Notes on vaccination in the North-West Frontier Province 1923-1928 - 1923-1928
Year: 1923
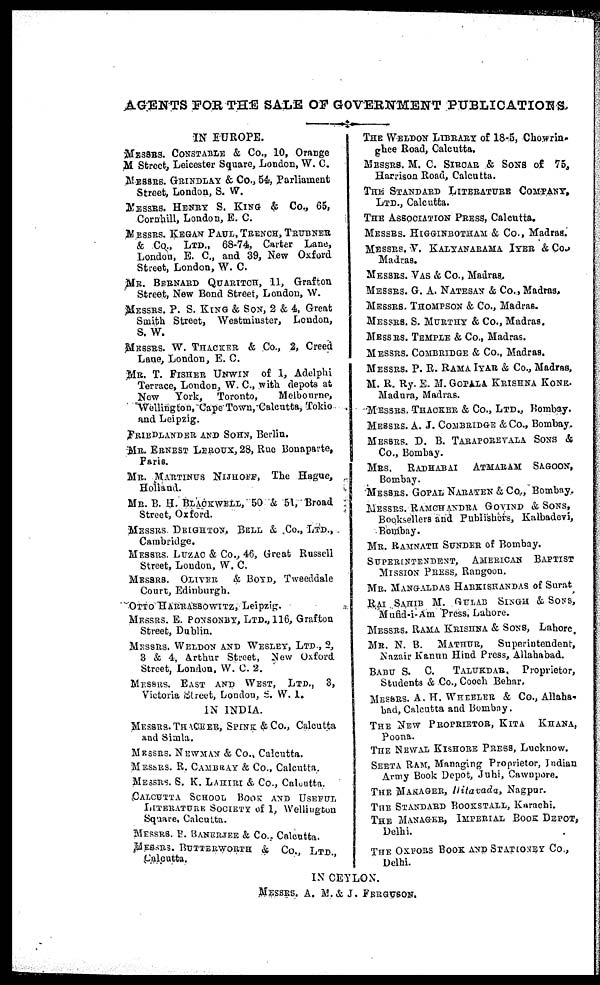
AGENTS FOR THE SALE OF GOVERNMENT PUBLICATIONS.
IN EUROPE.
MESSRS. CONSTABLE & Co., 10, Orange
M Street, Leicester Square, London, W. C.
MESSRS. GRINDLAY & Co., 54, Parliament
Street, London, S. W.
MESSRS. HENRY S. KING & Co., 65,
Cornhill, London, E. C.
MESSRS. KEGAN PAUL, TRENCH, TRUBNER
& Co., LTD., 68-74, Carter Lane,
London, E. C., and 39, New Oxford
Street, London, W. C.
MR. BERNARD QUARITCH, 11, Grafton
Street, New Bond Street, London, W.
MESSRS. P. S. KING & SON, 2 & 4, Great
Smith Street, Westminster, London,
S. W.
MESSRS. W. THACKER & Co., 2, Creed
Lane, London, E. C.
MR. T. FISHER UNWIN of 1, Adelphi
Terrace, London, W. C., with depots at
New York, Toronto,
Melbourne,
Wellington, Cape Town, Calcutta, Tokio
and Leipzig.
FRIEDLANDER AND SOHN, Berlin.
MR. ERNEST LEROUX, 28, Rue Bonaparte,
Paris.
MR. MARTINUS NIJHOFF, The Hague,
Holland.
MR. B. H. BLACKWELL, 50 & 51, Broad
Street, Oxford.
MESSRS DEIGHTON. BELL & Co., LTD.,
Cambridge.
MESSRS. LUZAC & Co., 46, Great Russell
Street, London, W. C.
MESSRS. OLIVER & BOYD, Tweeddale
Court, Edinburgh.
OTTO HARRASSOWITZ, Leipzig.
MESSRS. E. PONSONBY, LTD., 116, Grafton
Street, Dublin.
MESSRS. WELDON AND WESLEY, LTD., 2,
3 & 4, Arthur Street, New Oxford
Street, London, W. C. 2.
MESSRS. EAST AND WEST, LTD., 3,
Victoria Street, London, S. W. I.
IN INDIA.
MESSRS. THACKER, SPINK & Co., Calcutta
and Simla.
MESSRS. NEWMAN & Co., Calcutta.
MESSRS. R. CAMBRAY & Co., Calcutta.
MESSRS. S. K. LAHIRI &, Co., Calcutta.
CALCUTTA SCHOOL BOOK AND USEFUL
LITERATURE SOCIETY of 1, Wellington
Square, Calcutta.
MESSRS. B. BANERJEE & Co., Calcutta.
MESSRS. BUTTERWORTH & Co., LTD.,
Calcutta.
THE WELDON LIBRARY of 18-5, Chowrin¬
ghee Road, Calcutta.
MESSRS. M. C. SIRCAR & SONS of 75,
Harrison Road, Calcutta.
THE STANDARD LITERATURE COMPANY,
LTD., Calcutta.
THE ASSOCIATION PRESS, Calcutta.
MESSRS. HIGGINBOTHAM & Co., Madras.
MESSRS. V. KALYANARAMA IYER & Co.
Madras.
MESSRS. VAS & Co., Madras.
MESSRS. G. A. NATESAN & Co., Madras.
MESSRS. THOMPSON & Co., Madras.
MESSRS. S. MURTHY & Co., Madras.
MESSRS. TEMPLE & Co., Madras.
MESSRS. COMBRIDGE & Co., Madras.
MESSRS. P. R. RAMA IYAR & Co., Madras,
M. R. Ry. E. M. GOPALA KRISHNA KONE.
Madura, Madras.
MESSRS. THACKER & Co., LTD., Bombay.
MESSRS. A. J. COMBRIDGE &Co., Bombay.
MESSRS. D. B. TARAPOREVALA SONS &
Co., Bombay.
MRS. RADHABAI ATMARAM SAGOON,
Bombay.
MESSRS. GOPAL NARAYEN & Co., Bombay.
MESSRS. RAMCHANDRA GOVIND & SONS,
Booksellers and Publishers, Kalbadevi,
Bombay.
MR. RAMNATH SUNDER of Bombay.
SUPERINTENDENT, AMERICAN BAPTIST
MISSION PRESS, Rangoon.
MR. MANGALDAS HARKISHANDAS of Surat
RAI SAHIB M. GULAB SINGH & SONS,
Mufid-i-Am Press, Lahore.
MESSRS. RAMA KRISHNA & SONS, Lahore.
MR. N. B. MATHUR, Superintendent,
Nazair Kanun Hind Press, Allahabad.
BABU S. C. TALUKDAR, Proprietor,
Students & Co., Cooch Behar.
MESSRS. A. H. WHEELER & Co., Allaha-
bad, Calcutta and Bombay.
THE NEW PROPRIETOR, KITA KHANA,
Poona.
THE NEWAL KISHORE PRESS, Lucknow.
SEETA RAM, Managing Proprietor, Indian
Army Book Depot, Juhi, Cawnpore.
THE MANAGER, Hitavada, Nagpur.
THE STANDARD BOOKSTALL, Karachi.
THE MANAGER, IMPERIAL BOOK DEPOT,
Delhi.
THE OXFORS BOOK AND STATIONEY Co.,
Delhi.
IN CEYLON.
MESSRS. A. M. & J. FERGUSON.